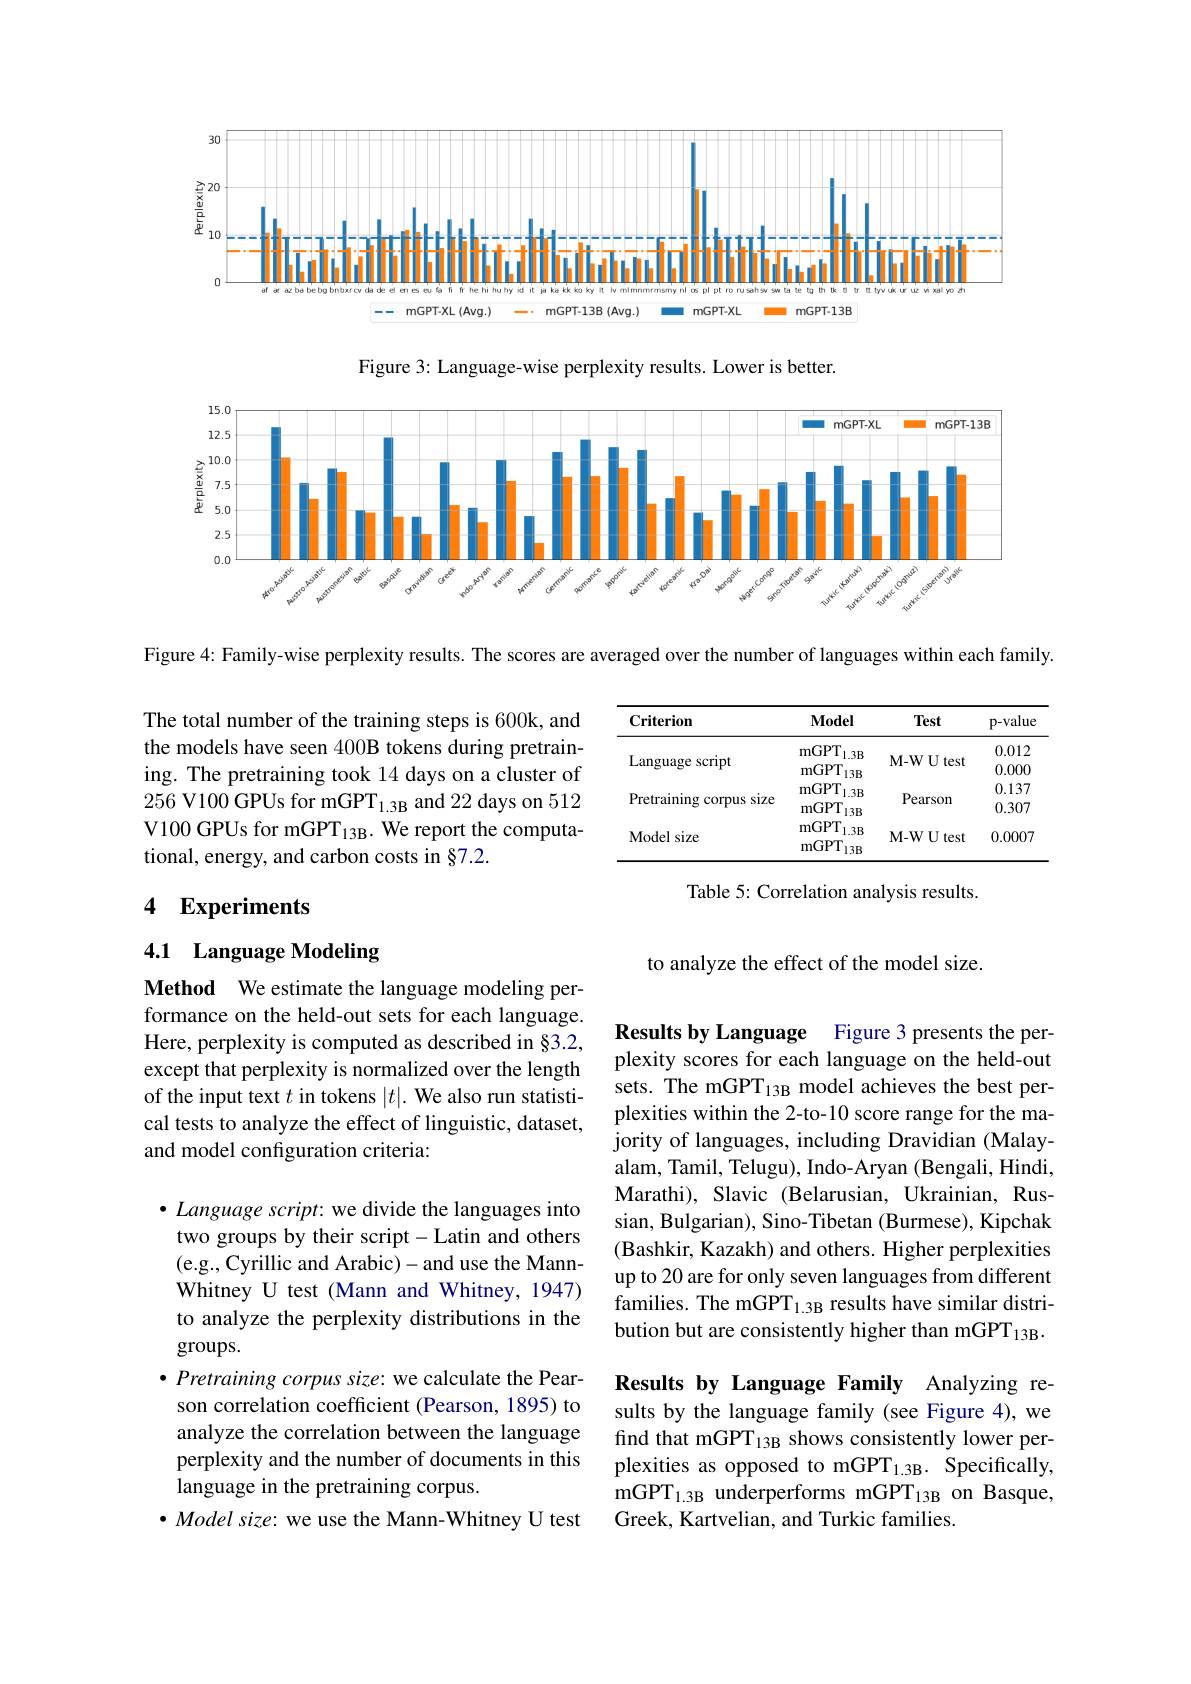
<FigureHere>

Figure 3: Language-wise perplexity results. Lower is better.

<FigureHere>

Figure 4: Family-wise perplexity results. The scores are averaged over the number of languages within each family

<table>
	<tbody>
		<tr>
			<th>Criterion</th>
			<th>Model</th>
			<th>Test</th>
			<th>p-value</th>
		</tr>
		<tr>
			<td rowspan="3">Language script</td>
			<td>$mGPT_{1.3B}$ $\mathrm{mGPT}_{13B}$</td>
			<td>M-W U test</td>
			<td>0.012 0.000</td>
		</tr>
		<tr>
			<td>mGPT $3R$</td>
			<td> </td>
			<td>0.012</td>
		</tr>
		<tr>
			<td>mGPT $13R$</td>
			<td>$\mathbf{N}\mathbf{-WU}\mathbf{tes}$</td>
			<td>0.000</td>
		</tr>
		<tr>
			<td rowspan="2">Pretraining corpus size</td>
			<td>mGPT $1.3B$</td>
			<td> </td>
			<td>0.137</td>
		</tr>
		<tr>
			<td>mGPT $13B$</td>
			<td>Pealsom</td>
			<td>0.307</td>
		</tr>
		<tr>
			<td>Model size</td>
			<td>${\mathrm{mGPT}}_{1.3B}$ mGPT $13B$</td>
			<td>M- WUtest</td>
			<td>0.0007</td>
		</tr>
	</tbody>
</table>

The total number of the training steps is 600k, and the models have seen 400B tokens during pretraining. The pretraining took 14 days on a cluster of 256 V100 GPUs for mGPT$_{1.3\mathrm{B}}$ and 22 days on 512 V100 GPUs for mGPT$_{13\mathrm{B}}.$ We report the computational, energy, and carbon costs in §7.2.

Table 5: Correlation analysis results.

## 4 Experiments

## 4.1 Language Modeling

to analyze the effect of the model size.

Results by Language Figure 3 presents the perplexity scores for each language on the held-out

Method We estimate the language modeling performance on the held-out sets for each language. Here, perplexity is computed as described in §3.2, except that perplexity is normalized over the length of the input text $t$ in tokens $|t|.$ We also run statistical tests to analyze the effect of linguistic, dataset, and model configuration criteria:

sets. The mGPT$_{13\mathrm{B}}$ model achieves the best perplexities within the 2-to-10 score range for the majority of languages, including Dravidian (Malayalam, Tamil, Telugu), Indo-Aryan (Bengali, Hindi, Marathi), Slavic (Belarusian, Ukrainian, Russian, Bulgarian), Sino-Tibetan (Burmese), Kipchak (Bashkir, Kazakh) and others. Higher perplexities up to 20 are for only seven languages from different families. The mGPT$_{1.3\mathrm{B}}$ results have similar distribution but are consistently higher than mGPT$_{13\mathrm{B}}.$

$\bullet$ Language script: we divide the languages into two groups by their script-Latin and others (e.g., Cyrillic and Arabic)-and use the MannWhitney U test (Mann and Whitney, 1947) to analyze the perplexity distributions in the groups.
$\bullet$ Pretraining corpus size: we calculate the Pearson correlation coefficient (Pearson, 1895) to analyze the correlation between the language perplexity and the number of documents in this language in the pretraining corpus.
$\bullet Modelsize:$ we use the Mann-Whitney U test

Results by Language Family Analyzing results by the language family (see Figure 4), we find that mGPT$_13$B shows consistently lower perplexities as opposed to mGPT$_{1.3\mathrm{B}}.$ Specifically, mGPT$_{1.3\mathrm{B}}$ underperforms mGPT$_{13\mathrm{B}}$ on Basque, Greek, Kartvelian, and Turkic families.